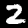
Digit: 2